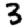
Digit: 3